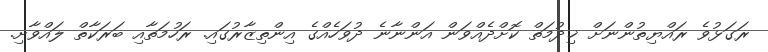
ރަގަޅުވެ ރައްޔިތުންނަށް ޚިދުމަތް ކޮށްދެއްވަން އަންނާނެ ދުވަހެއްގެ އިންތިޒާރުގައި. ރަހުމަތާއި ބަރަކާތް ލައްވާށި.